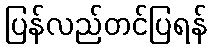
ပြန်လည်တင်ပြရန်